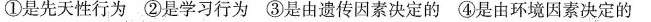
①是先天性行为 ②是学习行为 ③是由遗传因素决定的 ④是由环境因素决定的